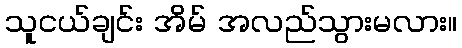
သူငယ်ချင်း အိမ် အလည်သွားမလား။